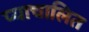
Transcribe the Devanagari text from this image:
प्याचालित